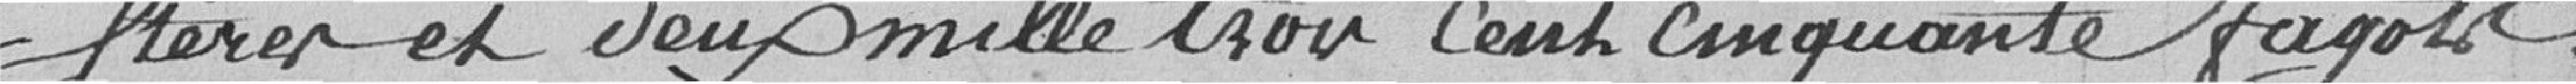
pierres et deux mille trois cent cinquante fagots